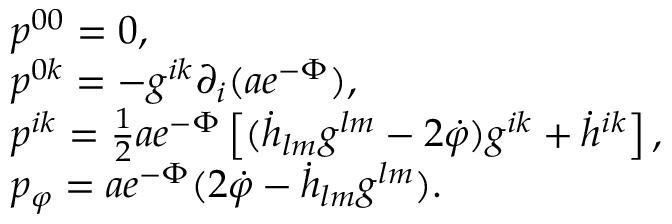
\begin{array} { l } { { p ^ { 0 0 } = 0 , } } \\ { { p ^ { 0 k } = - g ^ { i k } \partial _ { i } ( a e ^ { - \Phi } ) , } } \\ { { p ^ { i k } = \frac { 1 } { 2 } a e ^ { - \Phi } \left[ ( \dot { h } _ { l m } g ^ { l m } - 2 \dot { \varphi } ) g ^ { i k } + \dot { h } ^ { i k } \right] , } } \\ { { p _ { \varphi } = a e ^ { - \Phi } ( 2 \dot { \varphi } - \dot { h } _ { l m } g ^ { l m } ) . } } \end{array}